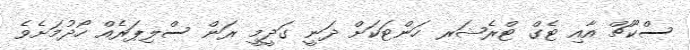
ސްކޫޗް އާއި ޓެގް ޓްރެޝަރ ހަންޓަކަށް ދަނީ ގަދީމީ ރަން ސްލިޕަރެއް ހޯދުމަށެވެ